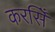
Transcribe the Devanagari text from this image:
करसिँ